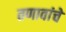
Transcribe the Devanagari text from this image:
तणावांचे